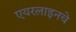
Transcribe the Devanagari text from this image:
एयरलाइनचे